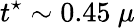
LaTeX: t^{\star}\sim 0.45~\mu